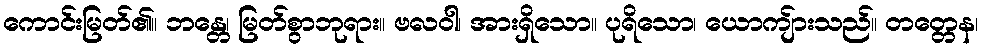
ကောင်းမြတ်၏။ ဘန္တေ၊ မြတ်စွာဘုရား။ ဗလဝါ၊ အားရှိသော။ ပုရိသော၊ ယောကျ်ားသည်။ တတ္တေန၊